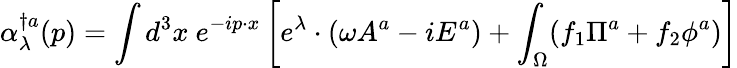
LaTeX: \alpha_{\lambda}^{\dagger a}(p)=\int d^{3}x~e^{-ip\cdot x}\left[e^{\lambda}\cdot(\omega A^{a}-iE^{a})+\int_{\Omega}(f_{1}\Pi^{a}+f_{2}\phi^{a})\right]